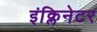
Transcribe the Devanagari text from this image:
इंक्लिनेटर